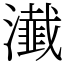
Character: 瀐